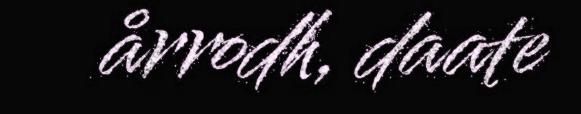
årrodh, daate